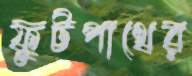
ফুটপাথের